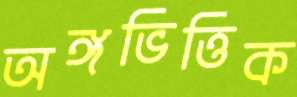
অঙ্গভিত্তিক